Vaccination in Bombay 1874-1876 - 1874-1876
Year: 1874
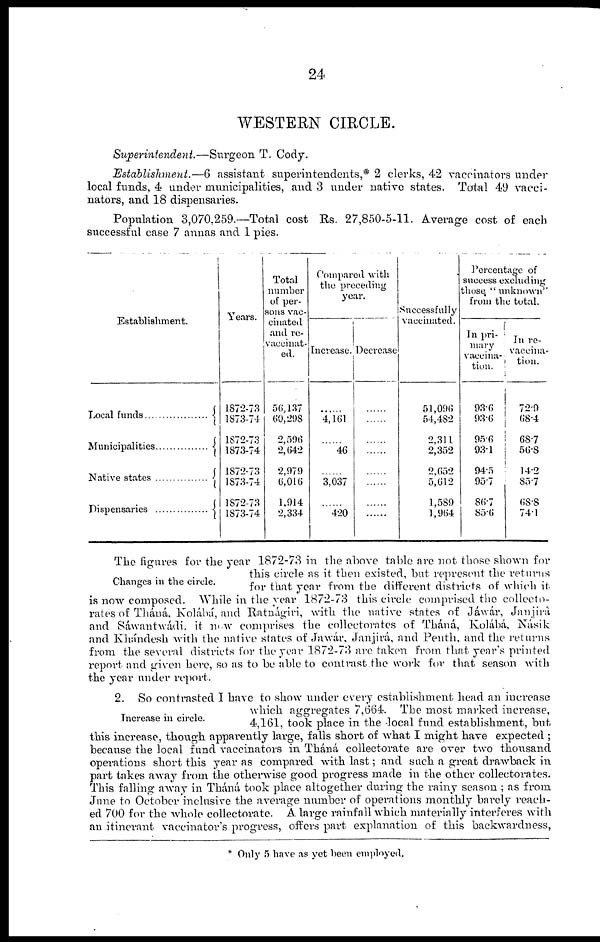
24
WESTERN CIRCLE.
Superintendent.—Surgeon
T. Cody.
Establishment.—6 assistant superintendents,* 2 clerks, 42 vaccinators under
local funds, 4 under municipalities, and 3 under native states. Total 49 vacci¬
nators, and 18 dispensaries.
Population 3,070,259.—Total cost Rs. 27,850-5-11. Average cost of each
successful case 7 annas and 1 pies.
Establishment.
Local funds . . . . . . . . . . . . . .
Municipalities . . . . . . . . . . . . .
Native states . . . . . . . . . . . . . .
Dispensaries . . . . . . . . . . . . . .
Years.
1872-73
1873-74
1872-73
1873-74
1872-73
1873-74
1872-73
1873-74
Total
number
of per-
sons vac-
cinated
and re-
vaccinat-
ed.
56,137
60,298
2,596
2,642
2,979
6,016
1,914
2,334
Compared with
the preceding
year.
Increase.
......
4,161
......
46
......
3,037
......
420
Decrease
......
......
......
......
......
......
......
......
Successfully
vaccinated.
51,096
54,482
2,311
2,352
2,652
5,612
1,589
1,964
Percentage of
success excluding
those. " unknown"
from the total.
In pri-
mary
vaccina-
tion.
93.6
93.6
95.6
93.1
94.5
95.7
86.7
856
In re-
vaccina
tion.
72.9
68.4
68.7
56.8
14.2
85.7
68.8
74.1
Changes in the circle.
The figures for the year 1872-73 in the above table are not those shown for
this circle as it then existed, but represent the returns
for that year from the different districts of which it
is now composed. While in the year 1872-73 this circle comprised the collecto¬
rates of Tháná, Kolábá, and Ratnágiri, with the native states of Jáwár, Janjirá
and Sáwantwádi. it new comprises the collectorates of Tháná, Kolábá, Násik
and Khándesh with the native states of Jawár, Janjirá, and Penth. and the returns
from the several districts for the year 1872-73 are taken from that year's printed
report and given here, so as to be able to contrast the work for that season with
the year under report.
Increase in circle.
2. So contrasted I have to show under every establishment head an increase
which aggregates 7,664. The most marked increase,
4,161, took place in the local fund establishment, but
this increase, though apparently large, falls short of what I might have expected ;
because the local fund vaccinators in Tháná collectorate are over two thousand
operations short this year as compared with last; and such a great drawback in
part takes away from the otherwise good progress made in the other collectorates.
This falling away in Tháná took place altogether during the rainy season ; as from
June to October inclusive the average number of operations monthly barely reach-
ed 700 for the whole collectorate. A large rainfall which materially interferes with
an itinerant vaccinator's progress, offers part explanation of this backwardness,
* Only 5 have as yet been employed.